Reports on dispensaries and lunatic asylums in the Province of Oudh - 1869-1876
Year: 1869
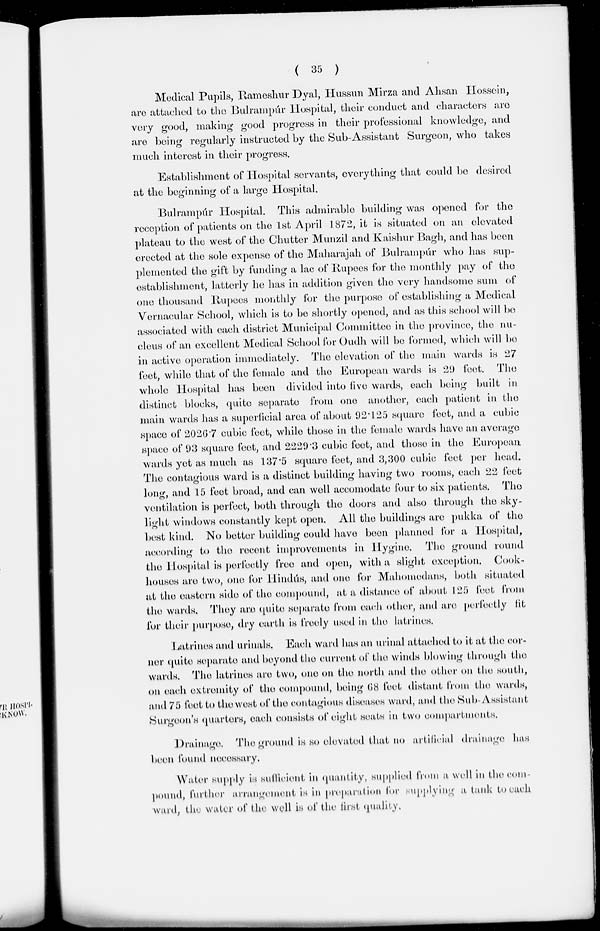
( 35 )
Medical Pupils, Rameshur Dyal, Hussun Mirza and Ahsan Hossein,
are attached to the Bulrampúr Hospital, their conduct and characters are
very good, making good progress in their professional knowledge, and
are being regularly instructed by the Sub-Assistant Surgeon, who takes
much interest in their progress.
Establishment of Hospital servants, everything that could be desired
at the beginning of a large Hospital.
Bulrampúr Hospital. This admirable building was opened for the
reception of patients on the 1st April 1872, it is situated on an elevated
plateau to the west of the Chutter Munzil and Kaishur Bagh, and has been
erected at the sole expense of the Maharajah of Bulrampúr who has sup-
plemented the gift by funding a lac of Rupees for the monthly pay of the
establishment, latterly he has in addition given the very handsome sum of
one thousand Rupees monthly for the purpose of establishing a Medical
Vernacular School, which is to be shortly opened, and as this school will be
associated with each district Municipal Committee in the province, the nu-
cleus of an excellent Medical School for Oudh will be formed, which will be
in active operation immediately. The elevation of the main wards is 27
feet, while that of the female and the European wards is 29 feet. The
whole Hospital has been divided into five wards, each being built in
distinct blocks, quite separate from one another, each patient in the
main wards has a superficial area of about 92.125 square feet, and a cubic
space of 2026.7 cubic feet, while those in the female wards have an average
space of 93 square feet, and 2229.3 cubic feet, and those in the European
wards yet as much as 137.5 square feet, and 3,300 cubic feet per head.
The contagious ward is a distinct building having two rooms, each 22 feet
long, and 15 feet broad, and can well accomodate four to six patients. The
ventilation is perfect, both through the doors and also through the sky-
light windows constantly kept open. All the buildings are pukka of the
best kind. No better building could have been planned for a Hospital,
according to the recent improvements in Hygine. The ground round
the Hospital is perfectly free and open, with a slight exception. Cook¬
houses are two, one for Hindús, and one for Mahomedans, both situated
at the eastern side of the compound, at a distance of about 125 feet from
the wards. They are quite separate from each other, and are perfectly lit
for their purpose, dry earth is freely used in the latrines.
Latrines and urinals. Each ward has an urinal attached to it at the cor-
ner quite separate and beyond the current of the winds blowing through the
wards. The latrines are two, one on the north and the other on the south,
on each extremity of the compound, being 68 feet distant from the wards,
and 75 feet to the west of the contagious diseases ward, and the Sub-Assistant
Surgeon's quarters, each consists of eight seats in two compartments.
Drainage. The ground is so elevated that no artificial drainage has
been found necessary.
Water supply is sufficient in quantity, supplied from a well in the com-
pound, further arrangement is in preparation for supplying a tank to each
ward, the water of the well is of the first quality.